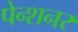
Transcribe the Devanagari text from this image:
पेन्शनर